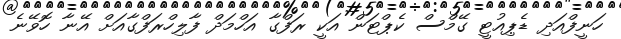
ހަނީފްއަދި ޑެޕިއުޓީ ގޭމްސް ކެޕްޓަން އަކީ ރަފްގާ އަހްމަދް ފާލިހްރަފްގާއަށް އޭނާ ހޮވޭނެ